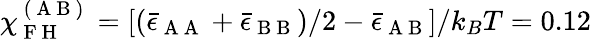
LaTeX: \chi_{\mathrm{~F~H~}}^{\mathrm{~(~A~B~)~}}=[(\bar{\epsilon}_{\mathrm{~A~A~}}+\bar{\epsilon}_{\mathrm{~B~B~}})/2-\bar{\epsilon}_{\mathrm{~A~B~}}]/k_{B}T=0.12